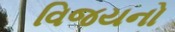
વિજયનો